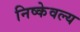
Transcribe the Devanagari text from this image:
निष्केवल्य